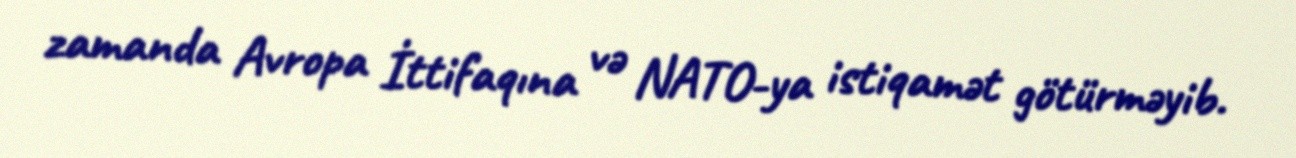
zamanda Avropa İttifaqına və NATO-ya istiqamət götürməyib.